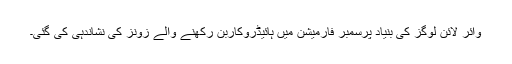
وائر لائن لوگز کی بنیاد پرسمبر فارمیشن میں ہائیڈروکاربن رکھنے والے زونز کی نشاندہی کی گئی۔